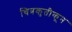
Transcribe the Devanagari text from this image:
चित्रकृतीकून